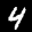
Label: 4